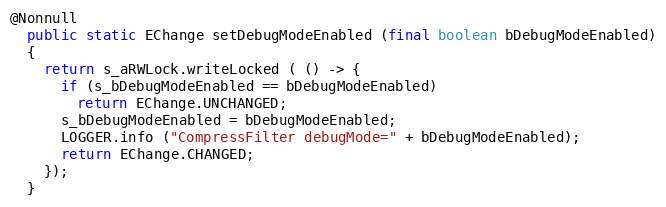
Language: Java
@Nonnull
  public static EChange setDebugModeEnabled (final boolean bDebugModeEnabled)
  {
    return s_aRWLock.writeLocked ( () -> {
      if (s_bDebugModeEnabled == bDebugModeEnabled)
        return EChange.UNCHANGED;
      s_bDebugModeEnabled = bDebugModeEnabled;
      LOGGER.info ("CompressFilter debugMode=" + bDebugModeEnabled);
      return EChange.CHANGED;
    });
  }